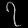
Digit: ၇